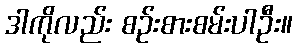
ဒါကိုလည်း စဉ်းစားစမ်းပါဦး။